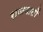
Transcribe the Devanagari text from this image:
राजवातों